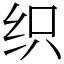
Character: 织